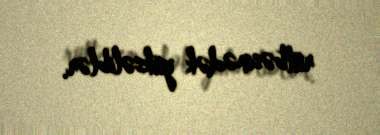
rütbəsinədək yüksəliblər.